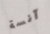
آنسة